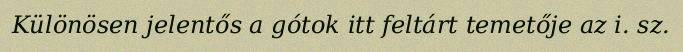
Különösen jelentős a gótok itt feltárt temetője az i. sz.